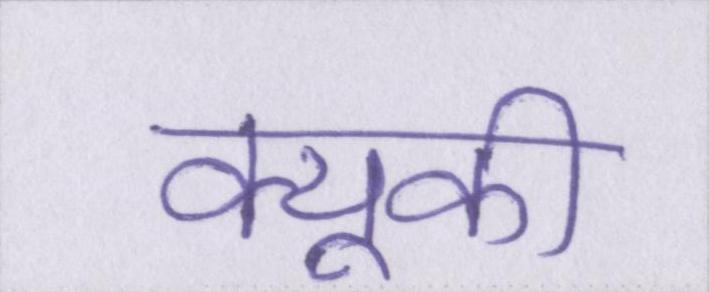
क्यूकी